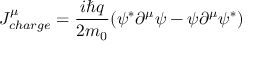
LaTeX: J _ { c h a r g e } ^ { \mu } = { \frac { i \hbar q } { 2 m _ { 0 } } } ( \psi ^ { * } \partial ^ { \mu } \psi - \psi \partial ^ { \mu } \psi ^ { * } )